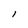
Character: l